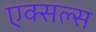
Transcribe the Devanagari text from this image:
एक्सल्स